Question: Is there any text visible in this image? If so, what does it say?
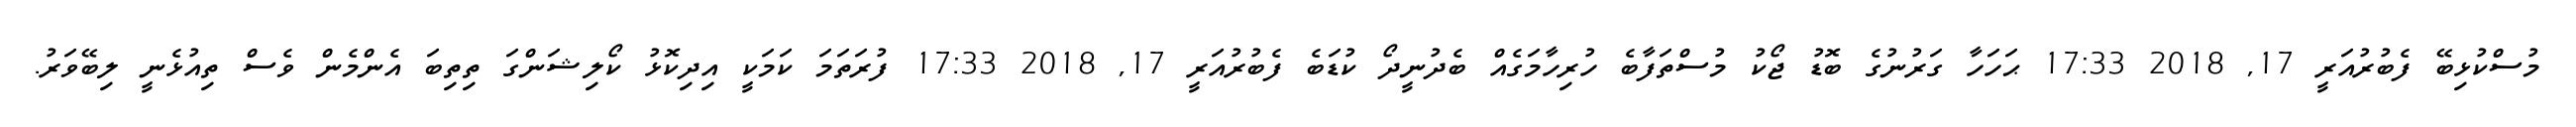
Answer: މުސްކުޅިބޭ ފެބުރުއަރީ 17, 2018 17:33 ޙަހަހާ ގަރުނުގެ ބޮޑު ޖޯކު މުސްތަފާބެ ހުރިހާމަގެއް ބެދުނީދޯ ކުޑަބެ ފެބުރުއަރީ 17, 2018 17:33 ފުރަތަމަ ކަމަކީ އިދިކޮޅު ކޯލިޝަންގަ ތިތިބަ އެންމެން ވެސް ތިއުޅެނީ ލިބޭވަރު.